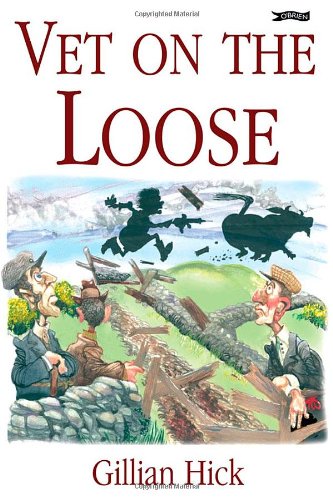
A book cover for Vet on the Loose; Gillian Hick; Humor & Entertainment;